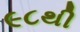
૯૮થી